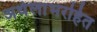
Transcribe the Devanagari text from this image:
अर्थलाभरहित